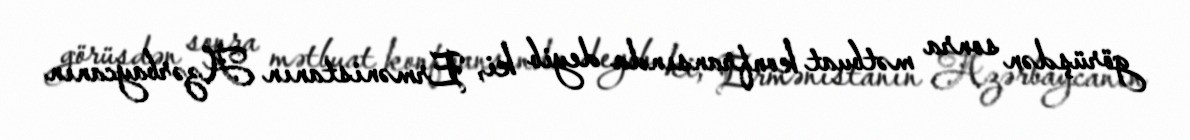
görüşdən sonra mətbuat konfransında deyib ki, Ermənistanın Azərbaycanın